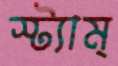
স্ট্যাম্